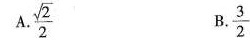
A.\frac{ \sqrt{2}}{2}B.\frac{3}{2}